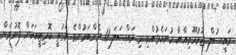
ރައީސުލް ޖުމުހޫރިއްޔާ ހުށަހެޅުއްވި މި މައްސަލަ 11 މެންބަރުންގެ ވަގުތީ ކޮމިޓީއަކަށް ފޮނުވަން